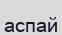
аспай